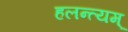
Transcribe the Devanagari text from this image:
हलन्त्यम्